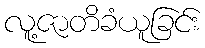
လူ့ဇာတိခံယူခြင်း